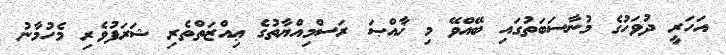
އަހަރީ ދުވަހުގެ މުނާސަބަތުގައި ބޭއްވޭ މި ޚާއްޞަ ރަސްމިއްޔާތުގެ ޢިއްޒަތްތެރި ޝަރަފުވެރި މެހުމާނު